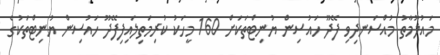
މައުލޫމާތު މުއްސަނދިވި ފޭދޫ ހައުސިން ޔުނިޓްތަކަށް 160 މީހަކު ކުރިމަތިލައިފިފޭދޫ ހައުސިން ޔުނިޓްތަކުގެ